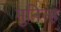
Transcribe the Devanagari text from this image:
मुनिन्ह